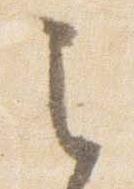
之